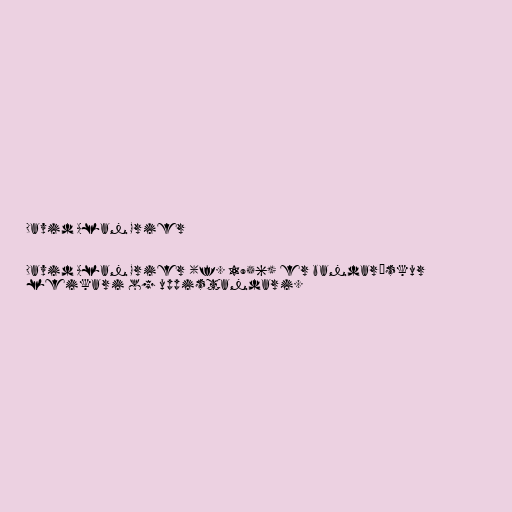
David Alan Grier

David Alan Grier (f. 1956) er bandarískur
leikari og uppistandari.